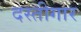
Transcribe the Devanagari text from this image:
दस्तीगार